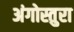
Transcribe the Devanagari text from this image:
अंगोस्तुरा